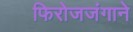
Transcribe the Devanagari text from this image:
फिरोजजंगाने